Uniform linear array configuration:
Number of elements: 4
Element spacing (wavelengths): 0.25
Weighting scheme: uniform
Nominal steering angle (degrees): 0
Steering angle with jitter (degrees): -1.95
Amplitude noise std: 0.05
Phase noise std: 0.05

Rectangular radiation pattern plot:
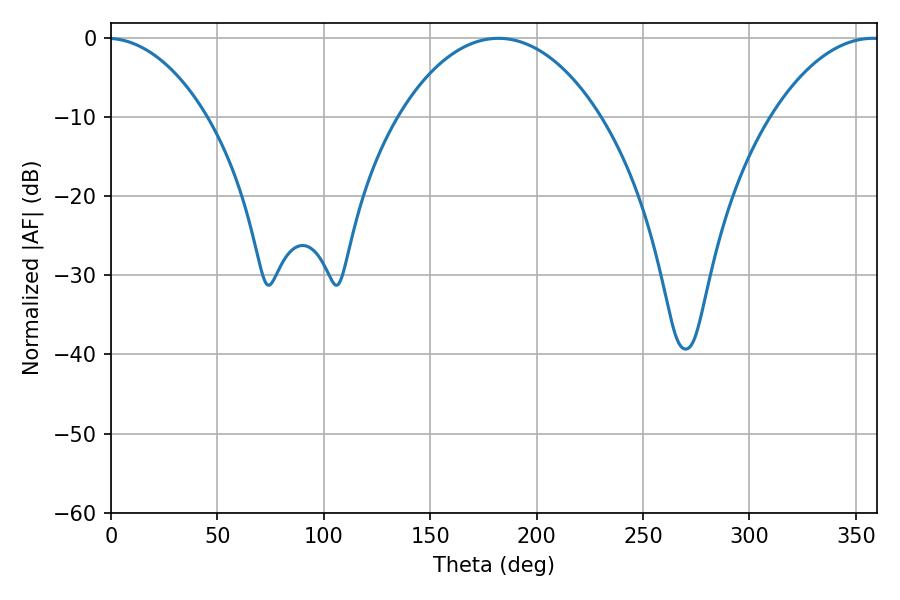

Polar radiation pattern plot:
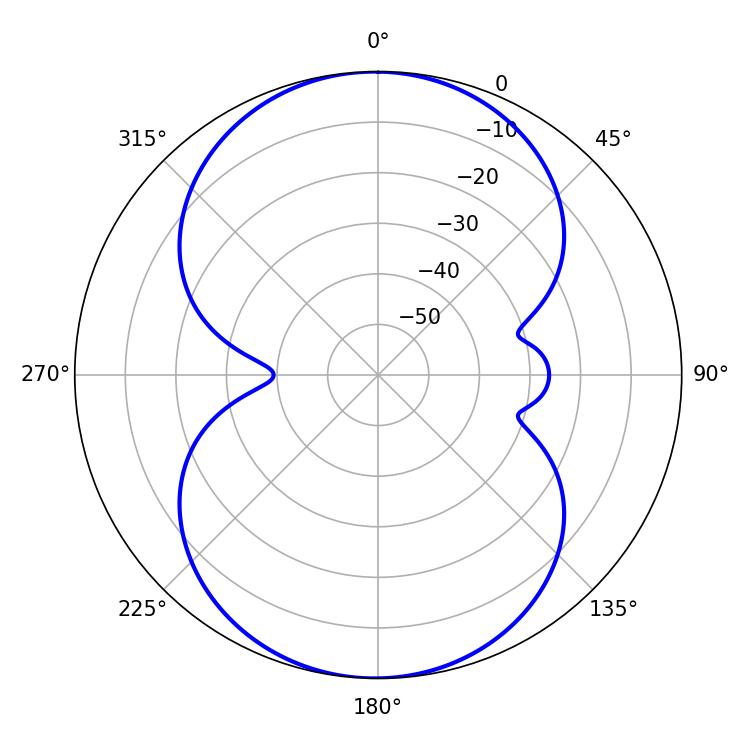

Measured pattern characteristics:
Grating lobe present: FALSE
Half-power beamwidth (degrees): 53.28
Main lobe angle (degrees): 181.98